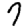
Digit: 7